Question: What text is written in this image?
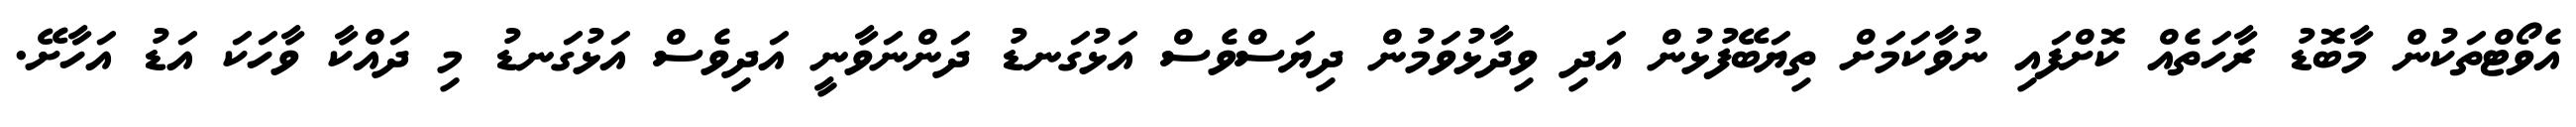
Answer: އެވޯޓްތަކުން މާބޮޑު ރާހަތެއް ކޮށްފައި ނުވާކަމަށް ތިޔަބޭފުޅުން އަދި ވިދާޅުވަމުން ދިޔަސްވެސް އަޅުގަނޑު ދަންނަވާނީ އަދިވެސް އަޅުގަނޑު މި ދައްކާ ވާހަކަ އަޑު އަހާށޭ.